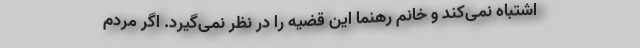
اشتباه نمی‌کند و خانم رهنما این قضیه را در نظر نمی‌گیرد. اگر مردم